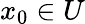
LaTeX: x_{0}\in U